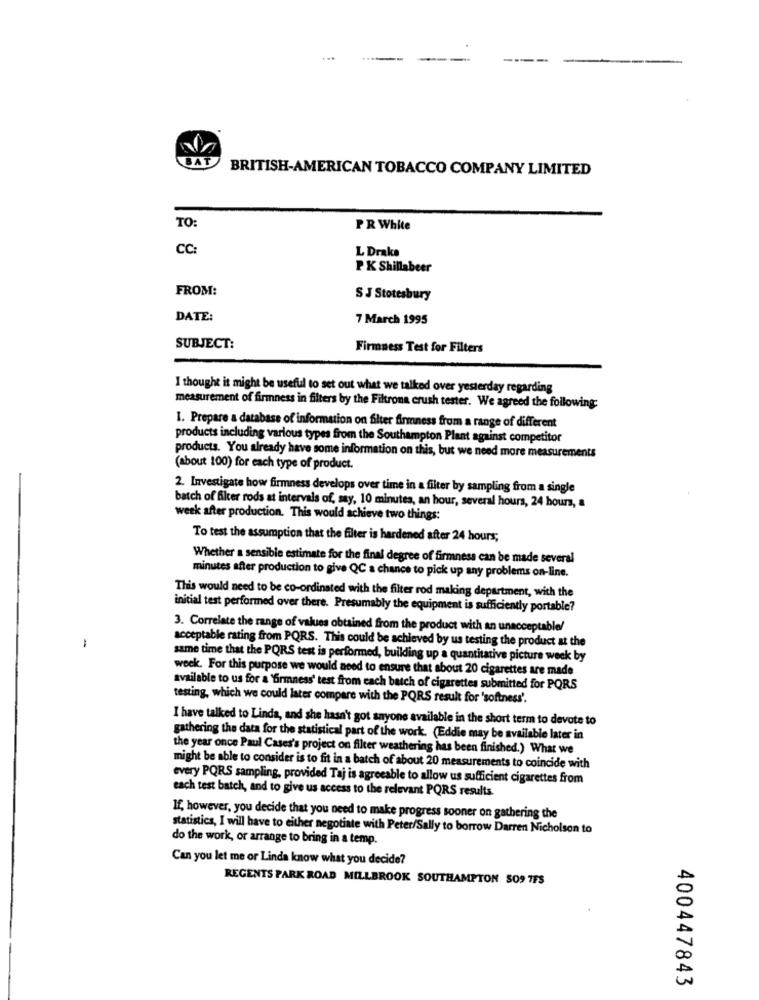
...
---
BAT
BRITISH-AMERICAN TOBACCO COMPANY LIMITED
TO:
PR White
CC:
L Drake
P K Shillabeer
FROM:
S J Stotesbury
DATE:
7 March 1995
SUBJECT:
Firmness Test for Filters
I thought it might be useful to set out what we talked over yesterday regarding
measurement of firmness in filters by the Filtrona crush tester. We agreed the following
1. Prepare a database of information on filter firmness from a range of different
products including various types from the Southampton Plant against competitor
products. You already have some information on this, but we need more measurements
(about 100) for each type of product.
2. Investigate how firmness develops over time in a filter by sampling from a single
batch of filter rods at intervals of, say, 10 minutes, an hour, several hours, 24 hours,
week after production. This would achieve two things:
To test the assumption that the filter is hardened after 24 hours;
Whether a sensible estimate for the final degree of firmness can be made several
minutes after production to give QC a chance to pick up any problems on-line.
This would need to be co-ordinated with the filter rod making department, with the
initial test performed over there. Presumably the equipment is sufficiently portable?
3. Correlate the range of values obtained from the product with an unacceptable/
-
acceptable rating from PQRS. This could be achieved by us testing the product at the
same time that the PQRS test is performed, building up a quantitative picture week by
week. For this purpose we would need to ensure that about 20 cigarettes are made
available to us for a 'firmness' test from each batch of cigarettes submitted for PORS
testing, which we could later compare with the PQRS result for 'softness'.
I have talked to Linda, and she hasn't got anyone available in the short term to devote to
gathering the data for the statistical part of the work. (Eddie may be available later in
the year once Paul Cases's project on filter weathering has been finished.) What we
might be able to consider is to fit in a batch of about 20 measurements to coincide with
every PQRS sampling, provided Taj is agreeable to allow us sufficient cigarettes from
each test batch, and to give us access to the relevant PQRS results
If, however, you decide that you need to make progress sooner on gathering the
statistics, I will have to either negotiate with Peter/Sally to borrow Darren Nicholson to
do the work, or arrange to bring in a temp.
Can you let me or Linda know what you decide?
REGENTS PARK ROAD MILLBROOK SOUTHAMPTON SO9 TFS
400447843